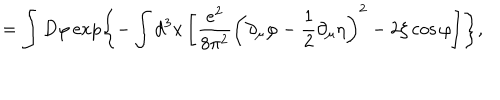
= \int D \varphi \exp \left\{ - \int d ^ { 3 } x \left[ \frac { e ^ { 2 } } { 8 \pi ^ { 2 } } \left( \partial _ { \mu } \varphi - \frac 1 2 \partial _ { \mu } \eta \right) ^ { 2 } - 2 \zeta \cos \varphi \right] \right\} ,